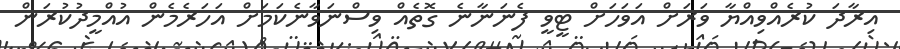
އިރާދަ ކުރެއްވިއްޔާ ވަރަށް އަވަހަށް ޓީވީ ފެނަނާނެ ގޮތެއް ވިސްނަވާނެކަމަށް އަހަރެމެން އުއްމީދުކުރަން